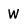
Character: W